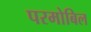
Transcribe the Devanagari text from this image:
परमोबिल